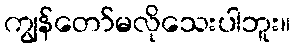
ကျွန်တော်မလိုသေးပါဘူး။